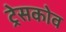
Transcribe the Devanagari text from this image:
ट्रेसकोव